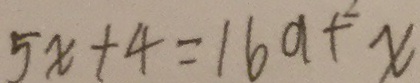
5 x + 4 = 1 6 a + x